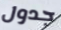
جدول